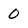
Character: 0